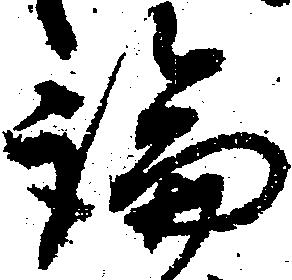
論